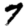
Digit: 7